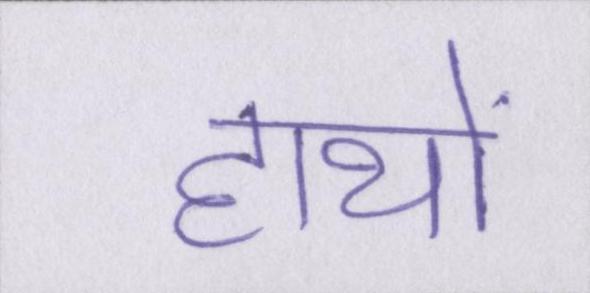
हाथों